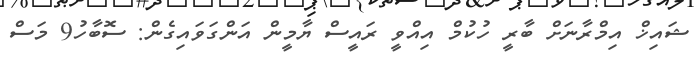
ޝައިޚް އިމްރާނަށް ބާރީ ހުކުމް އިއްވީ ރައީސް ޔާމީން އަންގަވައިގެން: ސޮބާހު9 މަސް